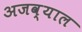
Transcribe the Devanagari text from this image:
अजव्याल